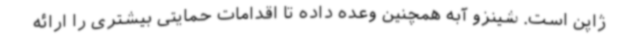
ژاپن است. شینزو آبه همچنین وعده داده تا اقدامات حمایتی بیشتری را ارائه